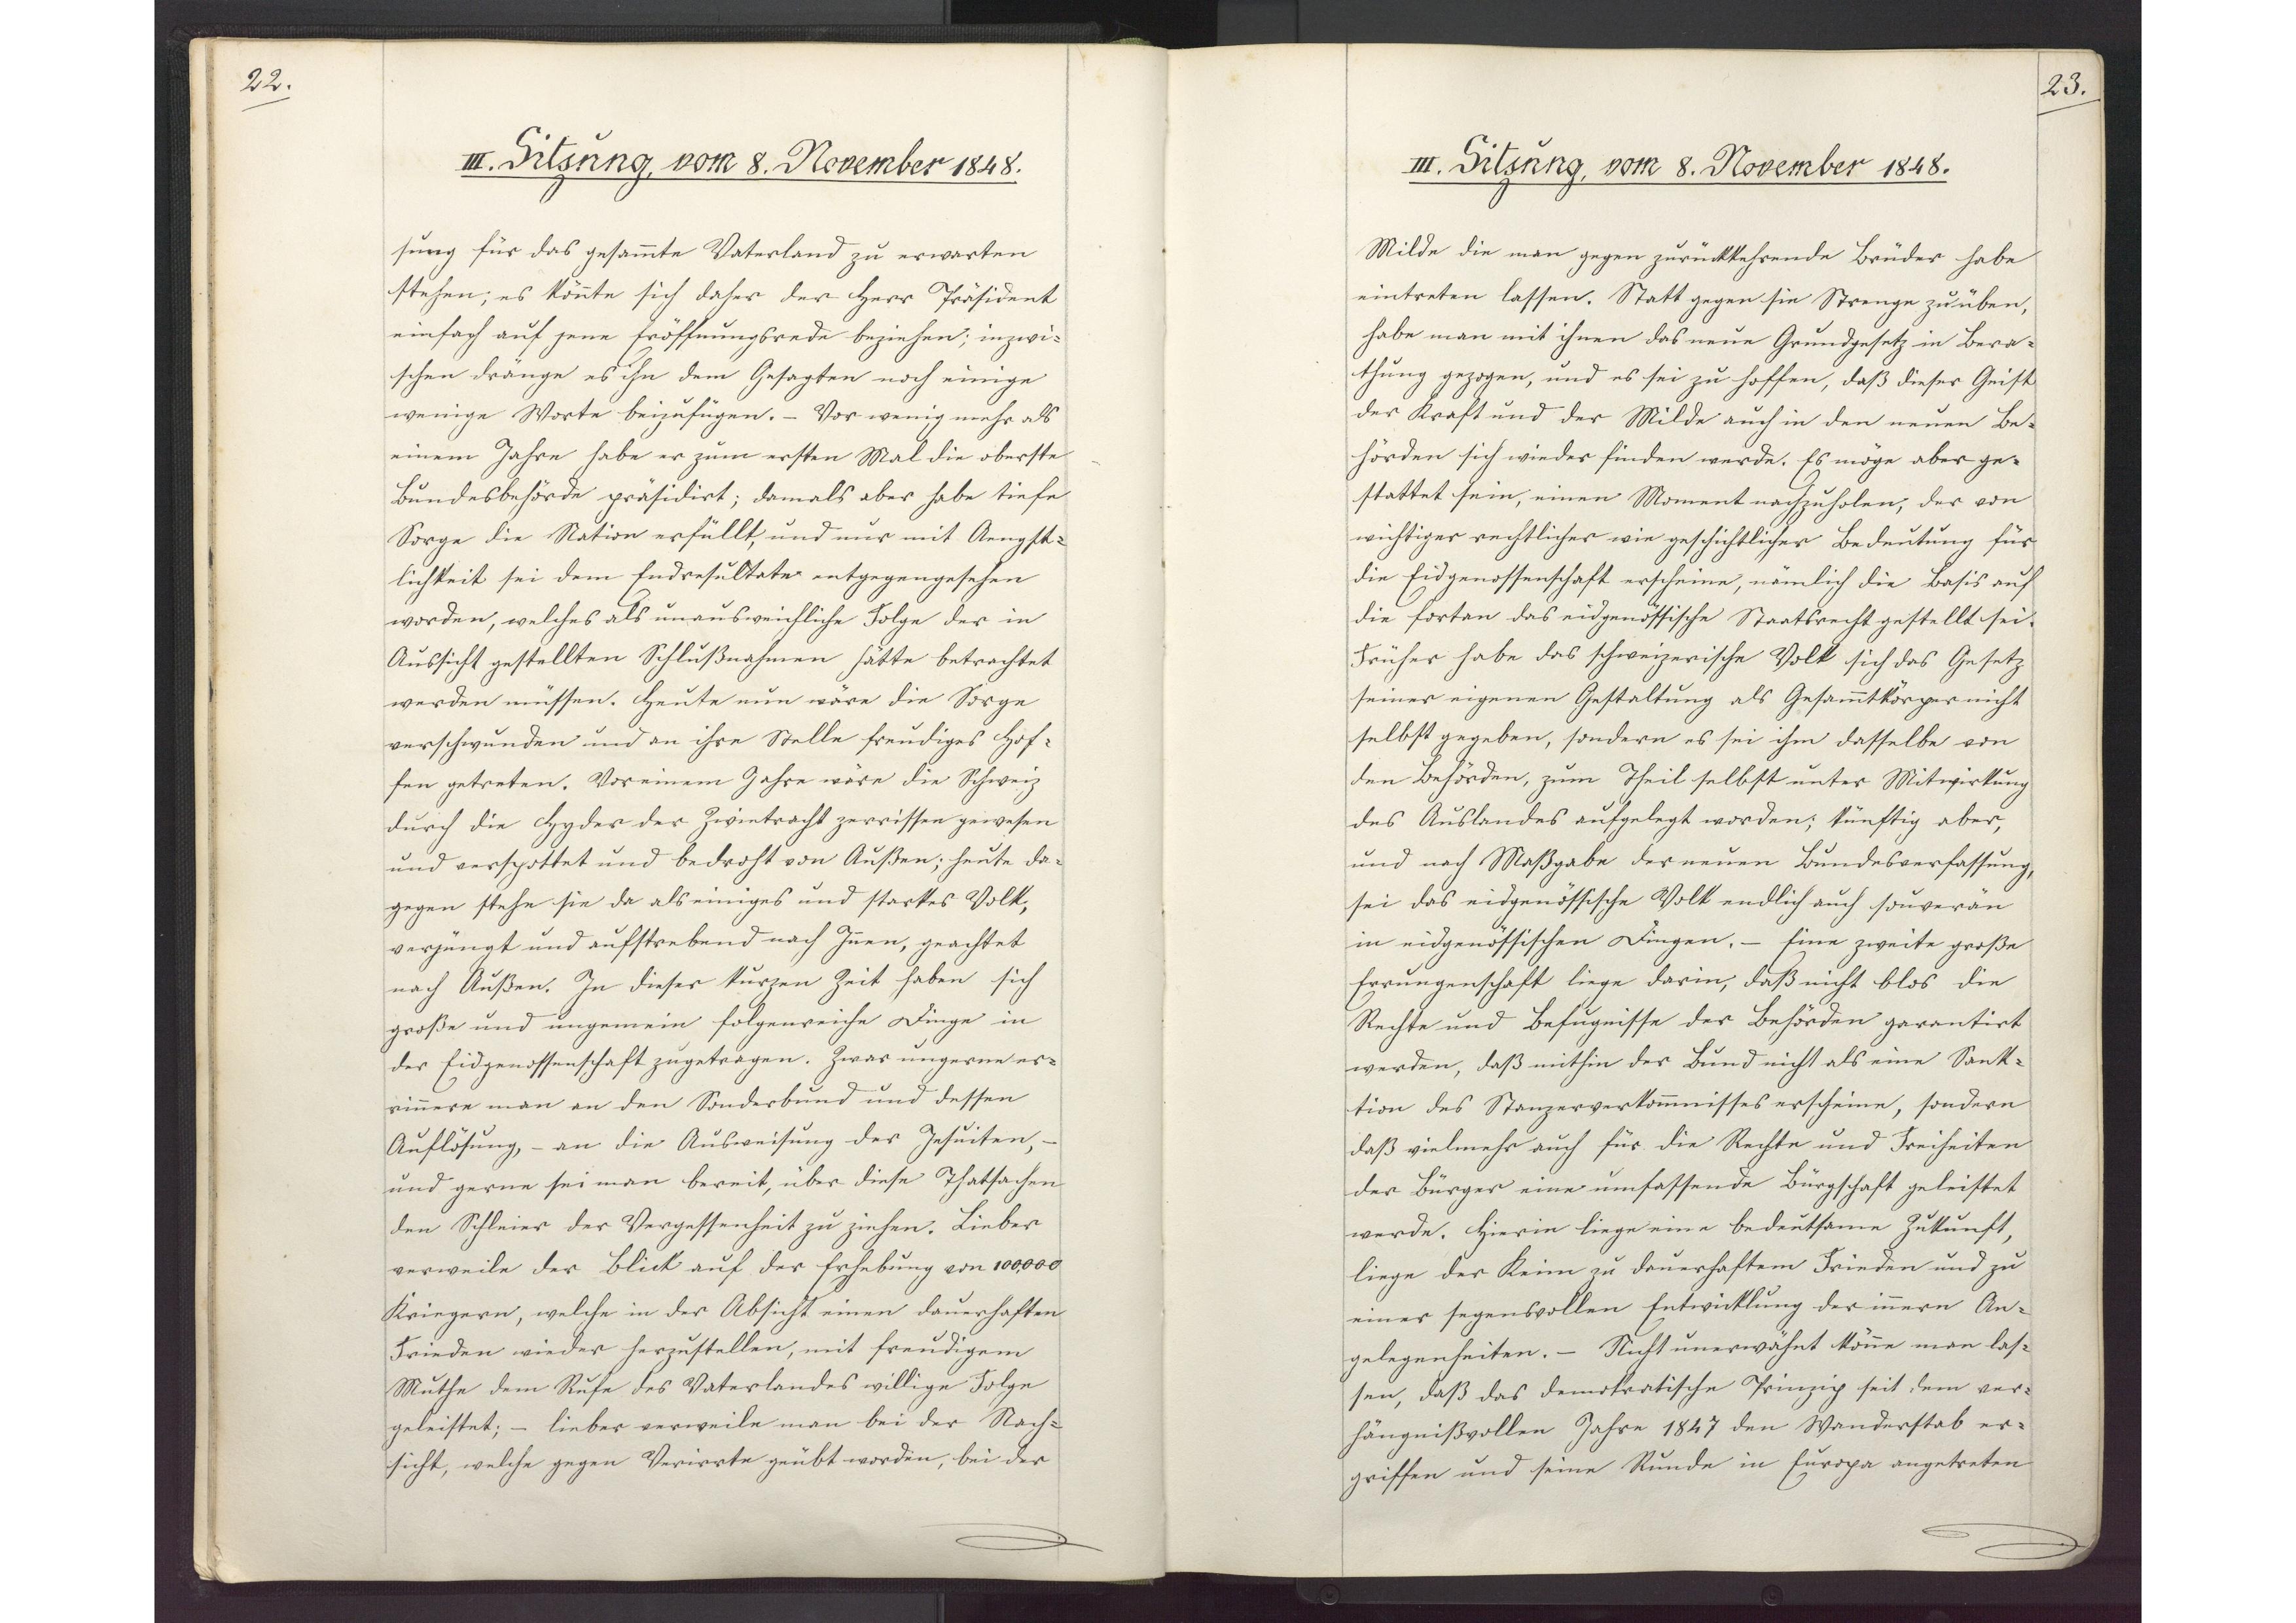
22.

III. Sitzung, vom 8. November 1848.

sung für das gesammte Vaterland zu erwarten
stehen; es könnte sich daher der Herr Präsident
einfach auf jene Eröffnungsrede beziehen; inzwi¬
schen dränge es ihn dem Gesagten noch einige
wenige Worte beizufügen. - Vor wenig mehr als
einem Jahre habe er zum ersten Mal die oberste
Bundesbehörde präsidirt; damals aber habe tiefe
Sorge die Nation erfüllt, und nur mit Aengst¬
lichkeit sei dem Endresultate entgegengesehen
worden, welches als unausweichliche Folge der in
Aussicht gestellten Schlußnahmen hätte betrachtet
werden müssen. Heute nun wäre die Sorge
verschwunden und an ihre Stelle freudiges Hof¬
fen getreten. Vor einem Jahre wäre die Schweiz
durch die Hyder der Zwietracht zerrissen gewesen
und verspottet und bedroht von Außen; heute da¬
gegen stehe sie da als einiges und starkes Volk,
verjüngt und aufstrebend nach Innen, geachtet
nach Außen. In dieser kurzen Zeit haben sich
große und ungemein folgenreiche Dinge in
der Eidgenossenschaft zugetragen. Zwar ungerne er¬
rinnere man an den Sonderbund und dessen
Auflösung, - an die Ausweisung der Jesuiten, -
und gerne sei man bereit, über diese Thatsachen
den Schleier der Vergessenheit zu ziehen. Lieber
verweile der Blick auf der Erhebung von 100,000
Kriegern, welche in der Absicht einen dauerhaften
Frieden wieder herzustellen mit freudigem
Muthe dem Rufe des Vaterlandes willige Folge
geleistet; - lieber verweile man bei der Nach¬
sicht, welche gegen Verirrte geübt worden, bei der

23.

III. Sitzung, vom 8. November 1848.

Milde die man gegen zurückkehrende Brüder habe
eintreten lassen. Statt gegen sie Strenge zu üben,
habe man mit ihnen das neue Grundgesetz in Bera¬
thung gezogen, und es sei zu hoffen, daß dieser Geist
der Kraft und der Milde auch in den neuen Be¬
hörden sich wieder finden werde. Es möge aber ge¬
stattet sein, einen Moment nachzuholen, der von
wichtiger rechtlicher wie geschichtlicher Bedeutung für
die Eidgenossenschaft erscheine, nämlich die Basis auf
die fortan das eidgenössische Staatsrecht gestellt sei.
Früher habe das schweizerische Volk sich das Gesetz
seiner eigenen Gestaltung als Gesammtkörper nicht
selbst gegeben, sondern es sei ihm dasselbe von
den Behörden, zum Theil selbst unter Mitwirkung
des Auslandes aufgelegt worden; künftig aber,
und nach Maßgabe der neuen Bundesverfassung
sei das eidgenössische Volk endlich auch souverän
in eidgenössischen Dingen. - Eine zweite große
Errungenschaft liege darin, daß nicht blos die
Rechte und Befugnisse der Behörden garantirt
werden, daß mithin der Bund nicht als eine Sank¬
tion des Stanzerverkommnisses erscheine, sondern
daß vielmehr auch für die Rechte und Freiheiten
der Bürger eine umfassende Bürgschaft geleistet
werde. Hierin liege eine bedeutsame Zukunft,
liege der Keim zu dauerhaftem Frieden und zu
einer segensvollen Entwicklung der innern An¬
gelegenheiten. - Nicht unerwähnt könne man las¬
sen, daß das demokratische Prinzip seit dem ver¬
hängnißvollen Jahre 1847 den Wanderstab er¬
griffen und seine Runde in Europa angetreten